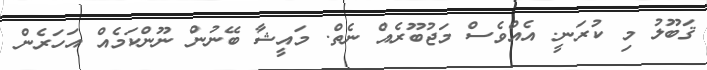
ޤަބޫލު މި ކުރަނީ. އެއްވެސް މަޖުބޫރެއް ނެތް. މައީޝާ ބޭނުން ނޫންކަމެއް އަހަރެން